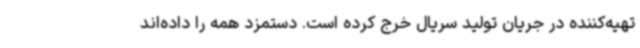
تهیه‌کننده در جریان تولید سریال خرج کرده است. دستمزد همه را داده‌اند